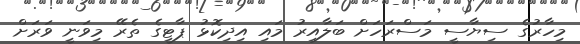
މިހާރުގެ ސިޔާސީ މަސްރަހަށް ބަލާއިރު މައި އިދިކޮޅު ޕާޓީގެ ތެރޭ މިވަނީ ވަރަށް